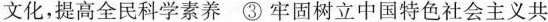
文化，提高全民科学素养 ③ 牢固树立中国特色社会主义共